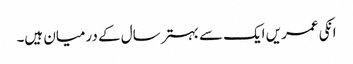
انکی عمریں ایک سے بہتر سال کے درمیان ہیں۔